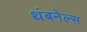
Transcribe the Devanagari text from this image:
थंबनेल्स